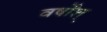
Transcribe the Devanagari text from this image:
वर्षोंश्